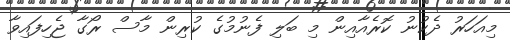
މިއަހަރު ދެކުނު ކޮރެއާއިން މި ބަލި ފެނުމުގެ ކުރިން މާސް ރޯގާ ޖެހިފައިވާ